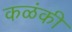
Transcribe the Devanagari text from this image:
कळंकी